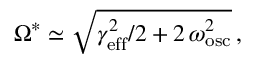
\Omega ^ { * } \simeq \sqrt { \gamma _ { \mathrm { e f f } } ^ { 2 } / 2 + 2 \, \omega _ { \mathrm { o s c } } ^ { 2 } } \, ,